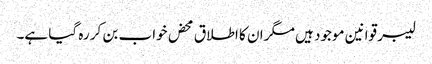
لیبر قوانین موجود ہیں مگر ان کا اطلاق محض خواب بن کر رہ گیا ہے۔